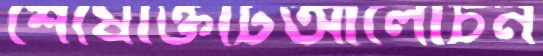
শেষোক্তটিআলোচন